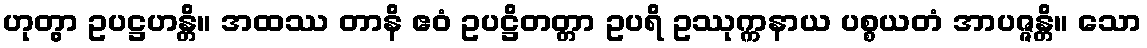
ဟုတွာ ဥပဋ္ဌဟန္တိ။ အထဿ တာနိ ဧဝံ ဥပဋ္ဌိတတ္တာ ဥပရိ ဥဿုက္ကနာယ ပစ္စယတံ အာပဇ္ဇန္တိ။ သော